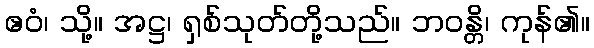
ဧဝံ၊ သို့။ အဋ္ဌ၊ ရှစ်သုတ်တို့သည်။ ဘဝန္တိ၊ ကုန်၏။